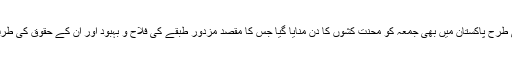
دنیا کے مختلف ملکوں کی طرح پاکستان میں بھی جمعہ کو محنت کشوں کا دن منایا گیا جس کا مقصد مزدور طبقے کی فلاح و بہبود اور ان کے حقوق کی طرف توجہ مبذول کروانا ہے۔